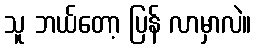
သူ ဘယ်တော့ ပြန် လာမှာလဲ။